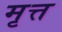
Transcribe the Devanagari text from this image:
मृत्त